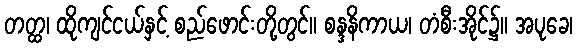
တတ္ထ၊ ထိုကျင်ငယ်နှင့် စည်ဖောင်းတို့တွင်။ စန္ဒနိကာယ၊ တံစီးအိုင်၌။ အပုခေ၊